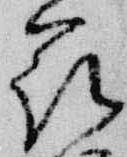
花